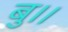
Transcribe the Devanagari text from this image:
बु।।